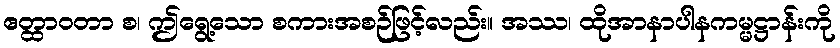
ဧတ္ထာဝတာ စ၊ ဤရွေ့သော စကားအစဉ်ဖြင့်လည်း။ အဿ၊ ထိုအာနာပါနကမ္မဋ္ဌာန်းကို